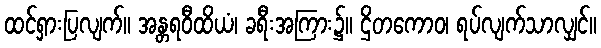
ထင်ရှားပြလျက်။ အန္တရဝီထိယံ၊ ခရီးအကြား၌။ ဌိတကောဝ၊ ရပ်လျက်သာလျှင်။